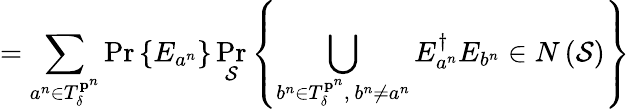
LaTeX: =\sum_{a^{n}\in T_{\delta}^{\mathbf{p}^{n}}}\operatorname*{Pr}\left\{ E_{a^{n}}\right\} \operatorname*{Pr}_{\mathcal{S}}\left\{ \bigcup_{b^{n}\in T_{\delta}^{\mathbf{p}^{n}},\ b^{n}\neq a^{n}}E_{a^{n}}^{\dagger}E_{b^{n}}\in N\left({\mathcal{S}}\right)\right\}